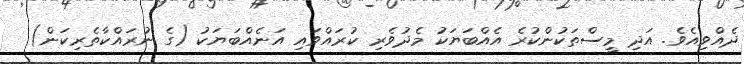
ދެއްވިއެވެ. އަދި މީސްތަކުންކުރެ އެއްބަޔަކު މެދުވެރި ކުރައްވައި އަނެއްބަޔަކު (ގެ ނުރައްކާތެރިކަން)